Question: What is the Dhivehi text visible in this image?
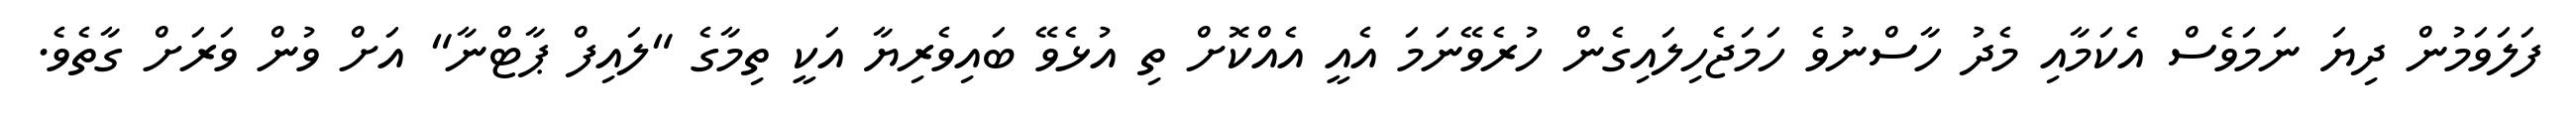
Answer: ފަލަވަމުން ދިޔަ ނަމަވެސް އެކަމާއި މެދު ހާސްނުވެ ހަމަޖެހިލައިގެން ހުރެވޭނަމަ އެއީ އެއްކޮށް ތި އުޅެވޭ ބައިވެރިޔާ އަކީ ތިމާގެ "ލައިފް ޕާޓްނާ" އަށް ވުން ވަރަށް ގާތެވެ.